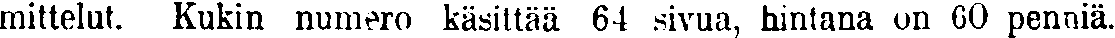
mittelut. Kukin numero käsittää 64 sivua, hintana on 60 penniä.